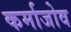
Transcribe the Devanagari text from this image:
कर्माजोव